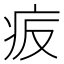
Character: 㽹